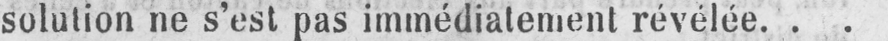
solution ne s’est pas immédiatement révélée...